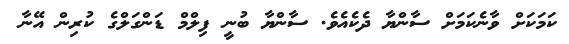
ކަމަކަށް ވާނެކަމަށް ސާންޔާ ދެކެއެވެ. ސާންޔާ ބުނީ ފިލްމް ޑަންގަލްގެ ކުރިން އޭނާ